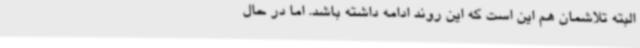
البته تلاشمان هم این است که این روند ادامه داشته باشد. اما در حال